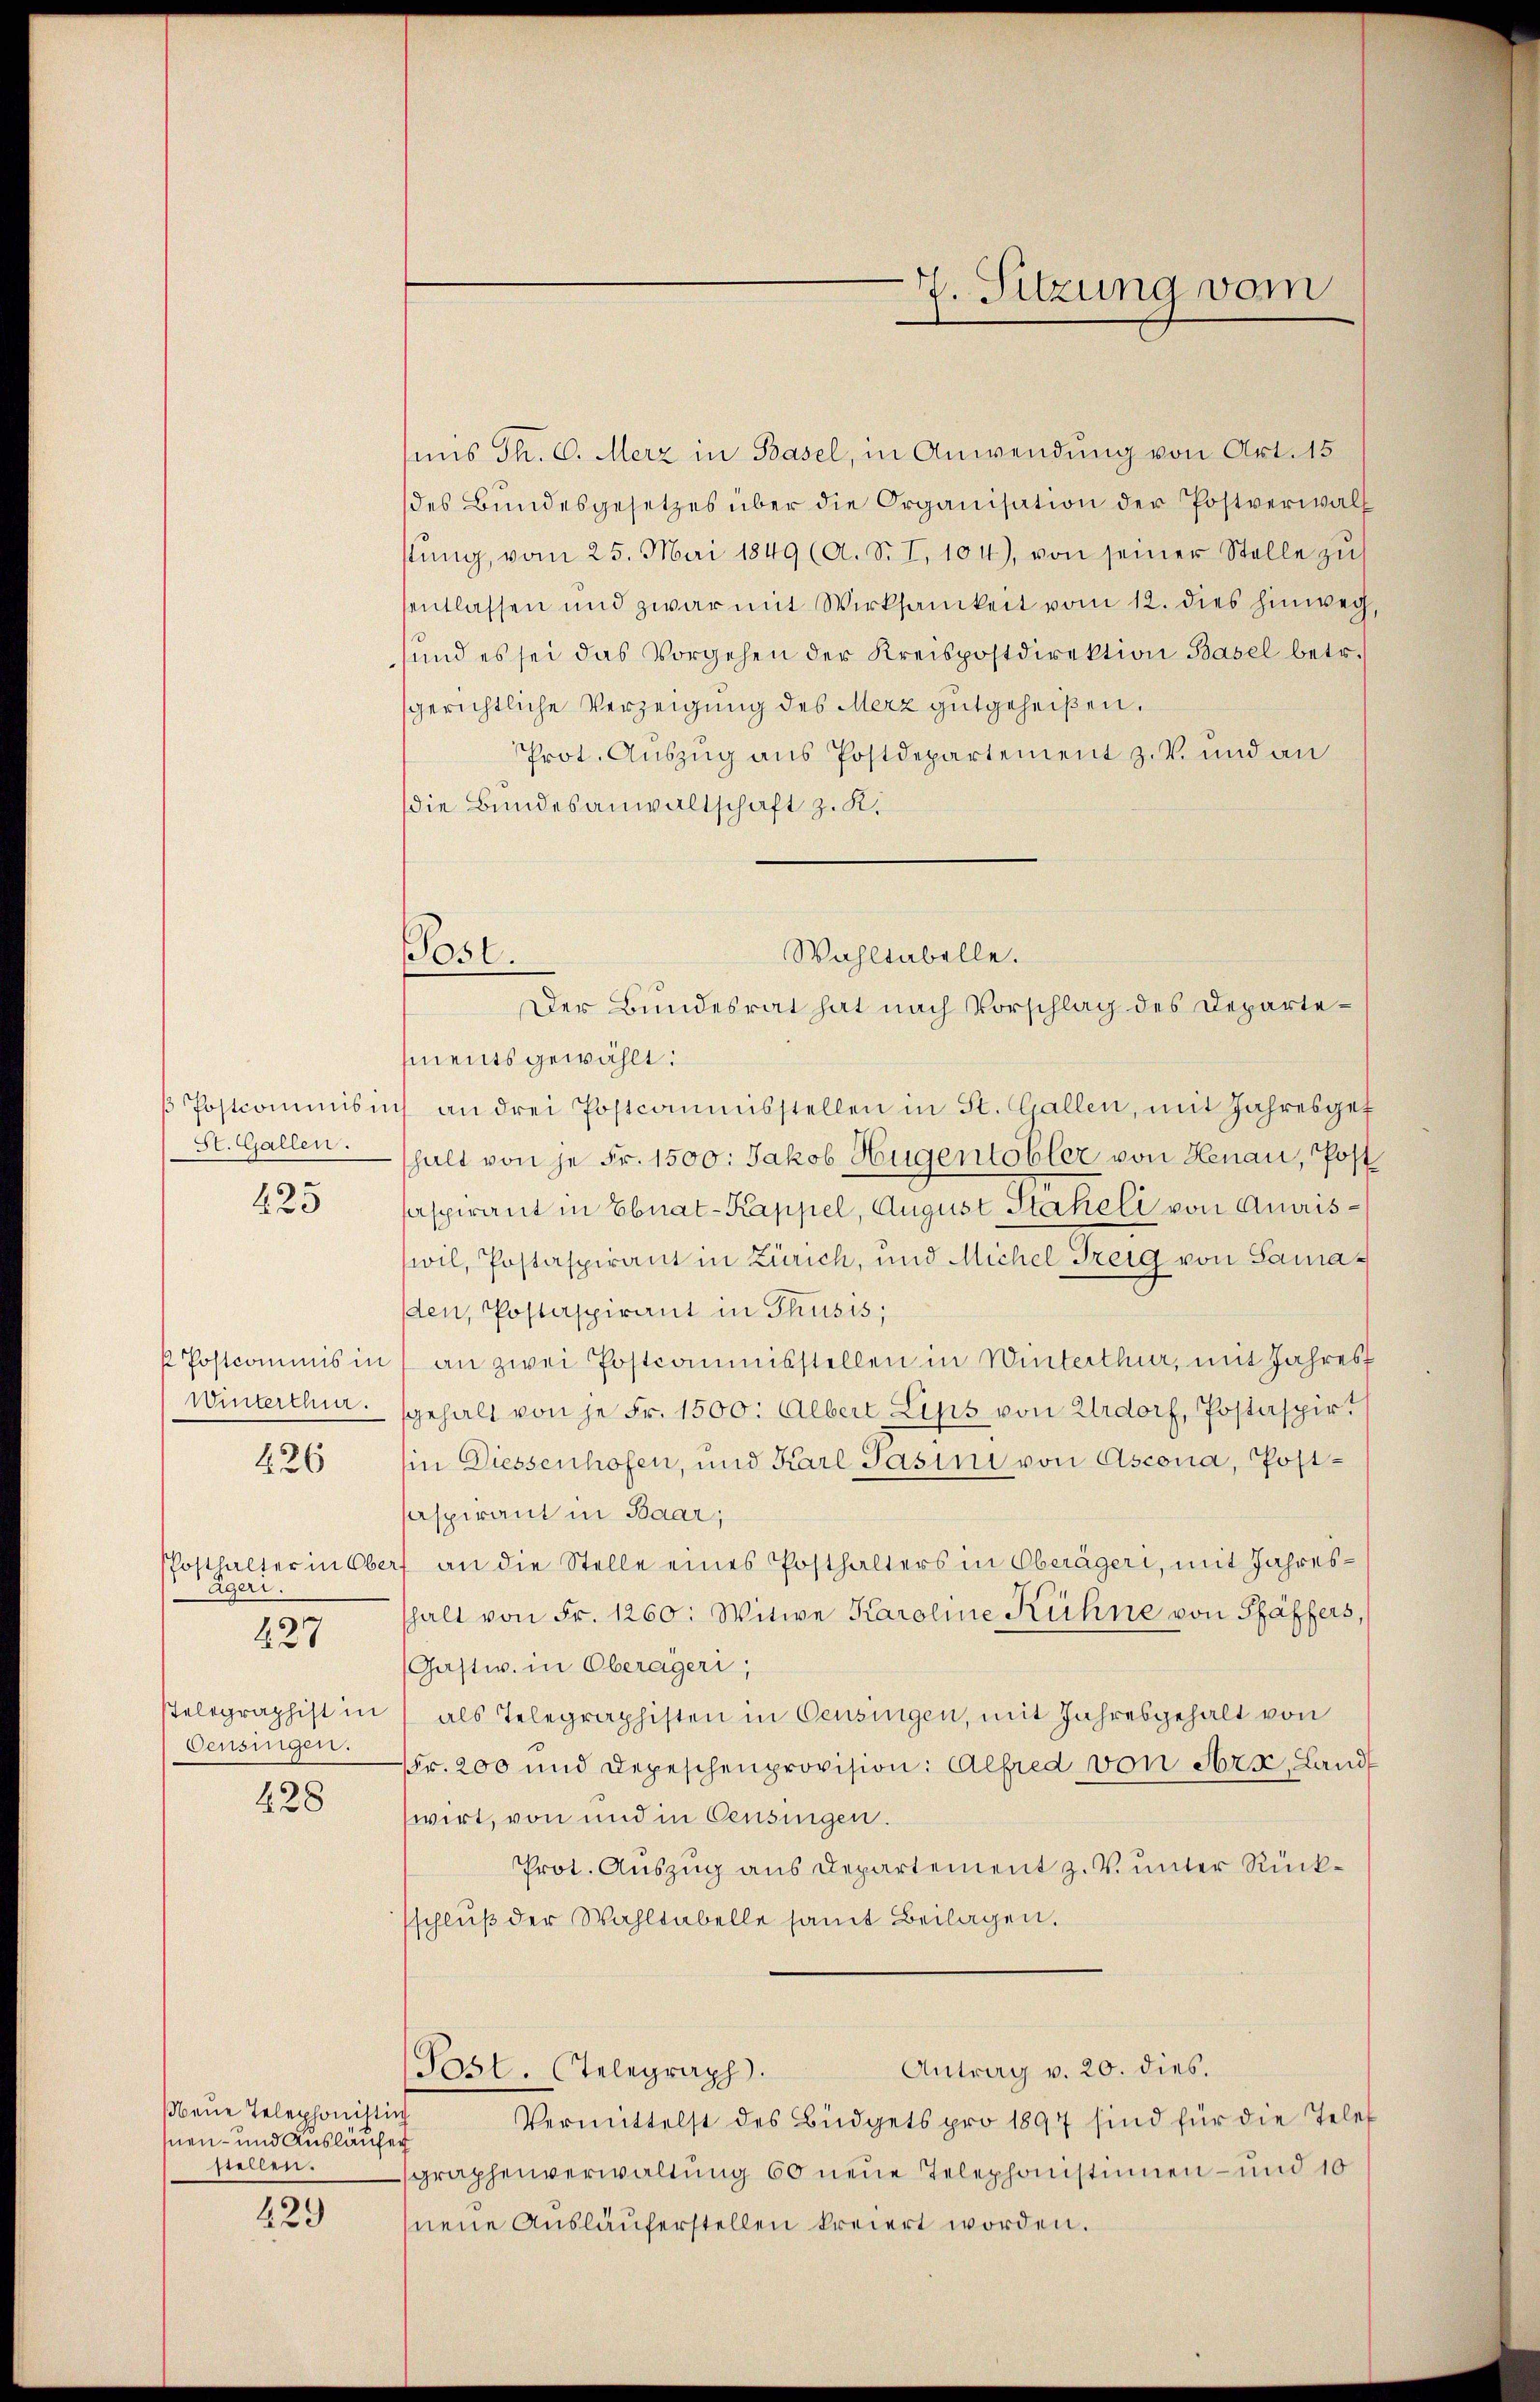
St. Gallen.

425

Winterthur.

426

PPosthalter in Obe
ägeri.
stelegraphist in
Censingen.

227

428

Neue Telephonistin
men- und Ausläufer
stellen.

429

Post.

mis Th. C. Merz in Basel, in Anwendung von Art. 15
des Bundesgesetzes über die Organisation der Postverwalstŭng, vom 25. Mai 1849 (A. S. I. 104), von seiner Stelle zu
entlassen und zwar mit Wirksamkeit vom 12. dies hinweg,
sund es sei das Vorgehen der Kreispostdirektion Basel betr.
sgerichtliche Verzeigung des Merz gutgeheißen.
Prot. Auszug aus Postdepartement z. B. und an
die Bundesanwaltschaft z. K.
ments gewählt:
β Postcommis in an drei Postcommisstellen in St. Gallen, mit Jahresgef
halt von je Fr. 1500: Jakob Hugentobler von Henau, Post
aspirant in Ebnat-Kappel, August Staheli von Amriswil, Postaspirant in Zürich, und Michel Freig von Samaden, Postaspirant in Thusis;
 Postcommis in an zwei Postcommisstellen in Winterthur, mit Jahres
gehalt von je Fr. 1500. Albert Lips von Urdorf, Postaspirt
in Diessenhofen, und Karl Pasini von Ascona, Postaspirant in Baar,
rf an die Stelle eines Posthalters in Oberägeri, mit Jahresshalt von Fr. 1260: Witwe Karoline Kühne von Pfäffers,
(Gastw. in Oberägeri,
als Telegraphisten in Censingen, mit Jahresgehalt von
Fr. 200 und Depeschenprovision: Alfred von Arx, Land
wirt, von und in Censingen.
Prot. Auszug aus Departement z. V. unter Rücksschlŭβ der Wahltabelle samt Beilagen.
Antrag v. 20. dies.
Post. Telegraph.
Vermittelst des Büdgets pro 1897 sind für die Telef
graphenverwaltung 60 neue Telephonistinnen- und 10
neue Auslauferstellen kreiert worden.

Wahltabelle.
Der Bundesrat hat nach Vorschlag des Departe¬

7. Sitzung vom